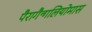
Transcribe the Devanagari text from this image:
पैरागैन्गलियोमास